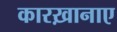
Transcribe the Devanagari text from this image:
कारख़ानाए